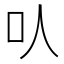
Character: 㕥